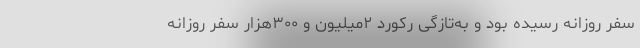
سفر روزانه رسیده بود و به‌تازگی رکورد ۲میلیون و ۳۰۰هزار سفر روزانه